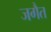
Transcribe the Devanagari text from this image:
जगैत